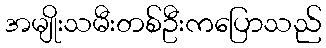
အမျိုးသမီးတစ်ဦးကပြောသည်